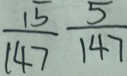
\frac { 1 5 } { 1 4 7 } \frac { 5 } { 1 4 7 }